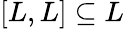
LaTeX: [L,L]\subseteq L